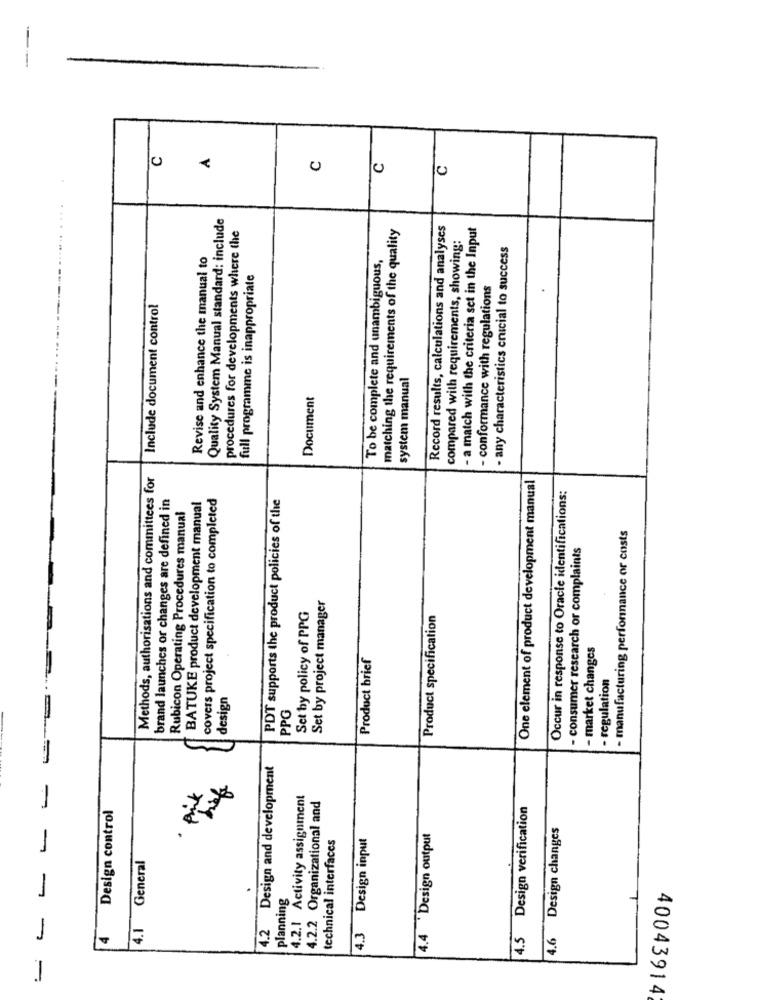
-
C
C
C
C
...
Quality System Manual standard: include
matching the requirements of the quality
Record results, calculations and analyses
- a match with the criteria set in the Input
procedures for developments where the
compared with requirements, showing:
- any characteristics crucial to success
Revise and enhance the manual to
To be complete and unambiguous,
full programme is inappropriate
- conformance with regulations
Include document control
system manual
Document
Methods, authorisations and committees for
One element of product development manual
Occur in response to Oracle identifications:
brand launches or changes are defined in
BATUKE product development manual
covers project specification to completed
PDT supports the product policies of the
Rubicon Operating Procedures manual
- manufacturing performance or costs
- consumer research or complaints
Set by project manager
Set by policy of PPG
Product specification
- market changes
Product brief
- regulation
design
PPG
4.2 Design and development
4.2.1 Activity assignment
Design control
4.2.2 Organizational and
4.5 Design verification
4.6 Design changes
technical interfaces
4.3 Design input
4.4 Design output
4.1 General
planning
-
4
40043914